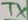
Text: TX